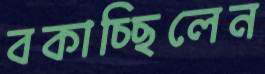
বকাচ্ছিলেন